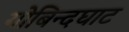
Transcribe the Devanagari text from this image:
गोबिन्दघाट